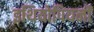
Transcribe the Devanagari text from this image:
इथियोपियनों